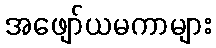
အဖျော်ယမကာများ